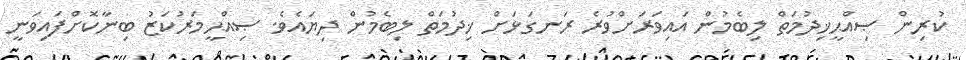
ކުރިން ޞިއްޙީޚިދުމަތް ލިބެމުން އައިވަރަށްވުރެ ރަނގަޅަށް ޚިދުމަތް ލިބެމުން ދިޔައެވެ. ޞިއްޙީމަރުކަޒު ބިނާކޮށްފައިވަނީ